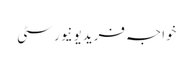
خواجہ فریدیونیورسٹی